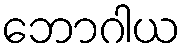
ဘောဂါယ